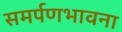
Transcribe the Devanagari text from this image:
समर्पणभावना